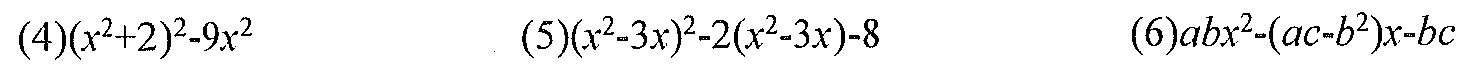
(4)$(x^{2}+2)^{2}-9x^{2}$  (5)$(x^{2}-3x)^{2}-2(x^{2}-3x)-8$  (6)$abx^{2}-(ac - b^{2})x - bc$